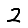
Digit: 2